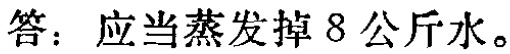
答：应当蒸发掉 8 公斤水。